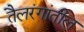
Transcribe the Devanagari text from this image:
तैलरंगांतील